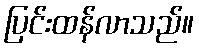
ပြင်းထန်လာသည်။